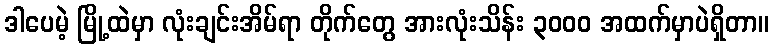
ဒါပေမဲ့ မြို့ထဲမှာ လုံးချင်းအိမ်ရာ တိုက်တွေ အားလုံးသိန်း ၃၀၀၀ အထက်မှာပဲရှိတာ။